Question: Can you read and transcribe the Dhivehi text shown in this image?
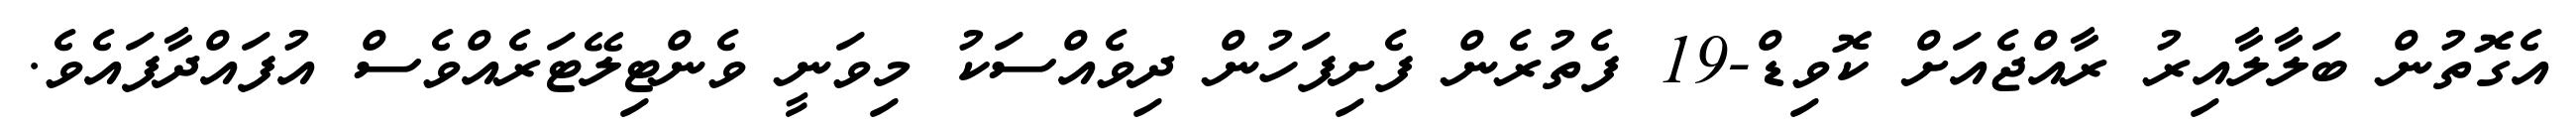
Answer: އެގޮތުން ބަލާލާއިރު ރާއްޖެއަށް ކޮވިޑް-19 ފެތުރެން ފެށިފަހުން ދިވެއްސަކު މިވަނީ ވެންޓިލޭޓަރެއްވެސް އުފައްދާފައެވެ.